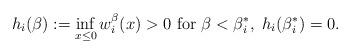
LaTeX: \begin{align*}h_i(\beta):=\inf_{x\leq 0}w_i^\beta(x)> 0 \mbox{ for } \beta< \beta_i^*,\; h_i(\beta_i^*)=0.\end{align*}